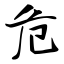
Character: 危